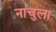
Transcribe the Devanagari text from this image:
नाचुला